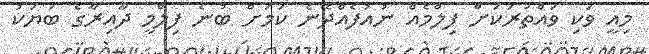
މިއީ ވަކި ވައްތަރަކަށް ފިލްމެއް ނުއުފެއްދޭނެ ކަމަށް ބުނެ ފިލްމީ ދާއިރާގެ ބަޔަކު